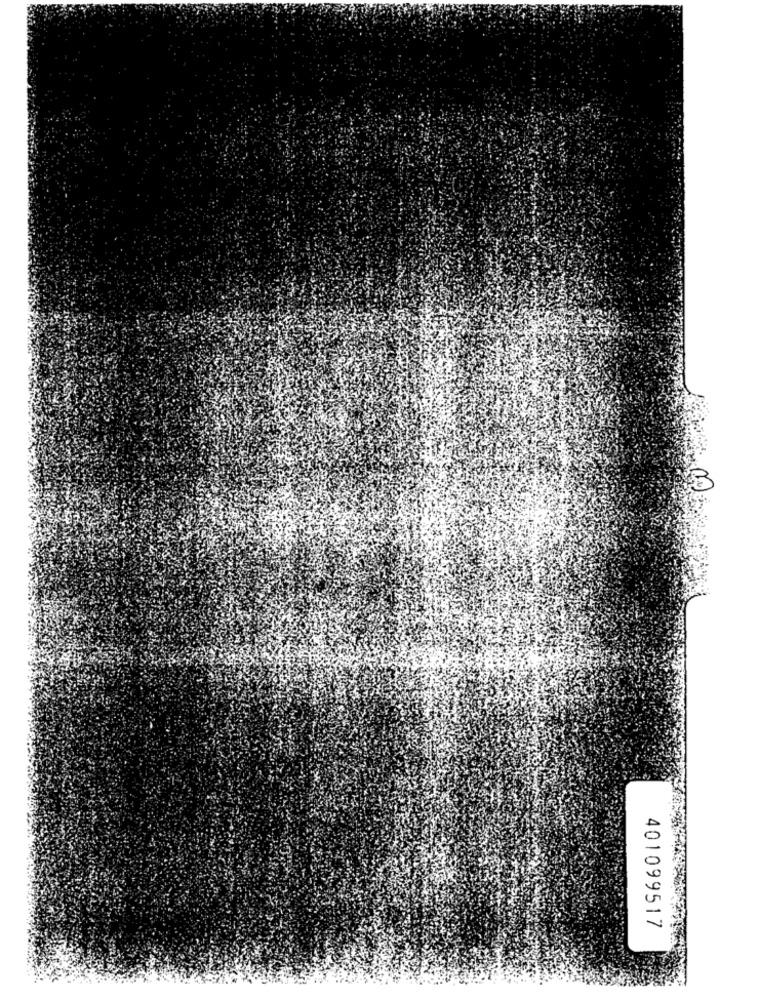
401099517